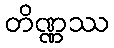
တိဏ္ဏဿ